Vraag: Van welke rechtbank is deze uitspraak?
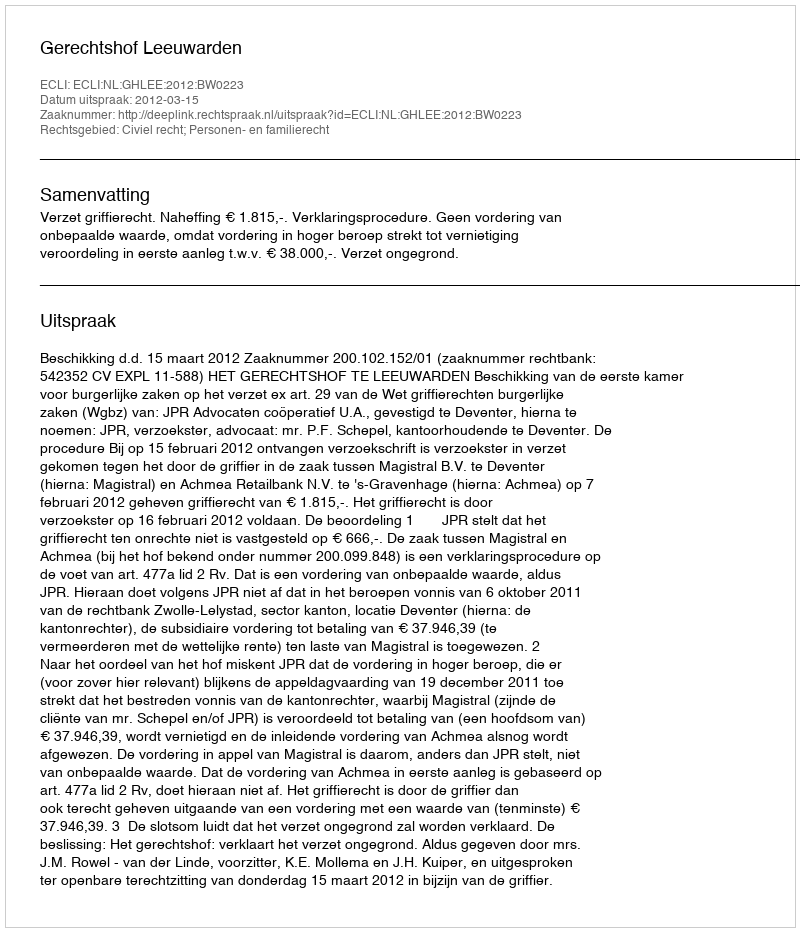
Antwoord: Gerechtshof Leeuwarden